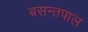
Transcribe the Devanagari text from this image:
बसन्तपाल